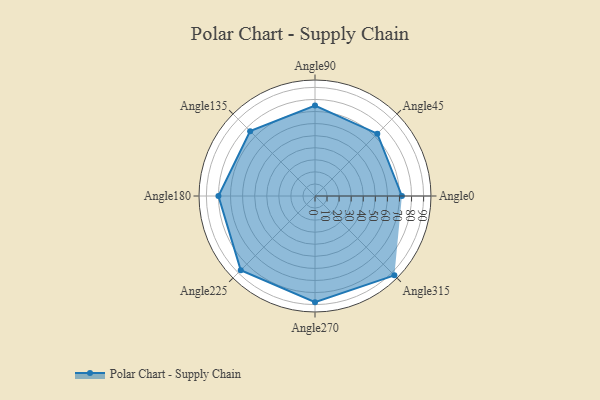
{"axis": {"x": "Angle", "y": "Radius"}, "legend": [""], "data": [{"x": "Angle0", "y": 72.0, "type": ""}, {"x": "Angle45", "y": 73.0, "type": ""}, {"x": "Angle90", "y": 75.0, "type": ""}, {"x": "Angle135", "y": 76.0, "type": ""}, {"x": "Angle180", "y": 80.0, "type": ""}, {"x": "Angle225", "y": 87.0, "type": ""}, {"x": "Angle270", "y": 88.0, "type": ""}, {"x": "Angle315", "y": 93.0, "type": ""}]}